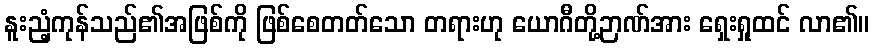
နူးညံ့ကုန်သည်၏အဖြစ်ကို ဖြစ်စေတတ်သော တရားဟု ယောဂီတို့ဉာဏ်အား ရှေးရှုထင် လာ၏။